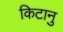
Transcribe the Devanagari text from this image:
किटानु